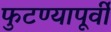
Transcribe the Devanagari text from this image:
फुटण्यापूर्वी